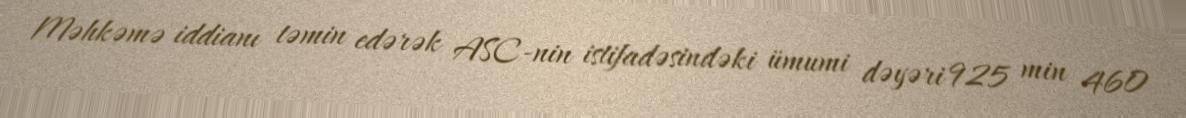
Məhkəmə iddianı təmin edərək ASC-nin istifadəsindəki ümumi dəyəri 925 min 460